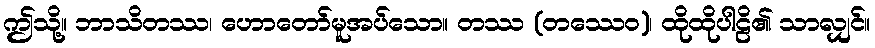
ဤသို့။ ဘာသိတဿ၊ ဟောတော်မူအပ်သော။ တဿ (တဿေဝ)၊ ထိုထိုပါဠိ၏ သာလျှင်။